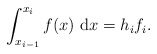
\begin{align*} \int_{x_{i-1}}^{x_i} f(x) ~\mathrm{d}x =h_i f_i.\end{align*}